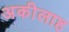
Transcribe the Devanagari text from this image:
अकीलाह